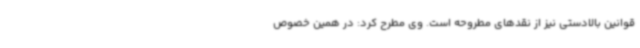
قوانین بالادستی نیز از نقدهای مطروحه است. وی مطرح کرد: در همین خصوص